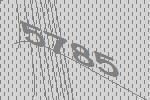
5785